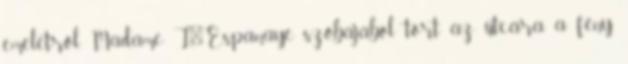
emeletről, Madame L'Espanaye szobájából tört az utcára a fény.